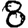
Digit: 8